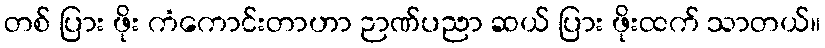
တစ် ပြား ဖိုး ကံကောင်းတာဟာ ဉာဏ်ပညာ ဆယ် ပြား ဖိုးထက် သာတယ်။